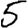
Digit: 5